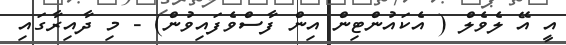
އީ އޭ ލެވެލް ( އެކައުންޓިން އިން ފާސްވެފައިވުން) - މި ދާއިރާގައި